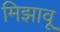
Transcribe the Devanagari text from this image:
मिझावू